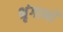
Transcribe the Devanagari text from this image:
श्रृंगाभों